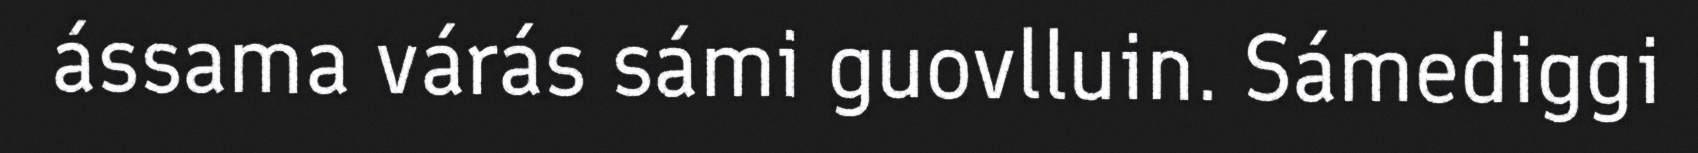
ássama várás sámi guovlluin. Sámediggi